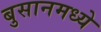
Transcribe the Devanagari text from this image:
बुसानमध्ये